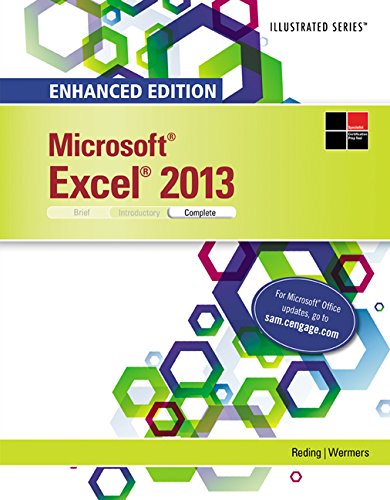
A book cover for Enhanced Microsoft Excel 2013: Illustrated Complete (Microsoft Office 2013 Enhanced Editions); Elizabeth Reding; Computers & Technology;